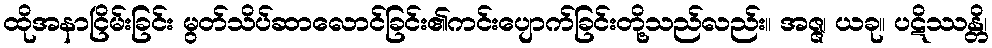
ထိုအနာငြိမ်းခြင်း မွတ်သိပ်ဆာလောင်ခြင်း၏ကင်းပျောက်ခြင်းတို့သည်လည်း။ အဇ္ဇ၊ ယခု။ ပဋိဿန္တိ၊